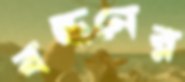
বন্ধনের